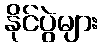
နိုင်ပွဲများ